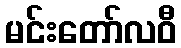
မင်းတော်လဝီ